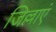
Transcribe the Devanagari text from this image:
जिल्लाएं